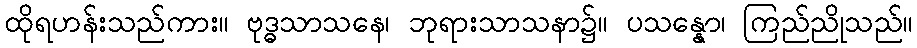
ထိုရဟန်းသည်ကား။ ဗုဒ္ဓသာသနေ၊ ဘုရားသာသနာ၌။ ပသန္နော၊ ကြည်ညိုသည်။